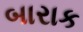
બારાક